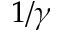
1 / \gamma